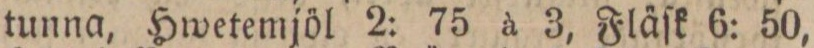
tunna, Hwetemjöl 2: 75 à 3, Fläſk 6: 50,